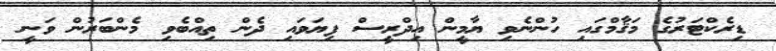
ޑިރެކްޓަރުގެ މަޤާމްގައި ހުންނެވި ޔާމީން އިދްރީސް ފިޔަވައި ދެން ތިއްބެވި މެންބަރުން ވަނީ